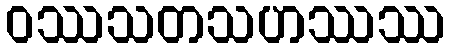
ဝဿသတသဟဿဿ